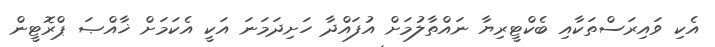
އެކި ވައިރަސްތަކާއި ބެކްޓީރިޔާ ނައްތާލުމަށް އުފައްދާ ހަށިދަމަނަ އަކީ އެކަމަށް ޚާއްޞަ ޕްރޮޓީން